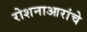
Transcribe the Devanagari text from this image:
रोशनाआरांचे